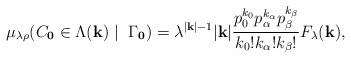
LaTeX: \begin{align*}\mu_{\lambda \rho}(C_{\bf 0}\in\Lambda({\bf k})\mid ~ \Gamma_{\bf 0})= \lambda^{|{\bf k}| -1}|{\bf k}|\frac{p_0^{k_0} p_\alpha^{k_\alpha} p_\beta^{k_\beta}}{k_0!k_\alpha!k_\beta!}F_\lambda ({\bf k}),\end{align*}